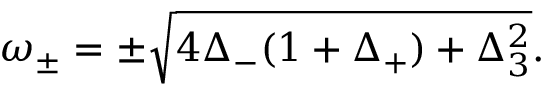
\omega _ { \pm } = \pm \sqrt { 4 \Delta _ { - } ( 1 + \Delta _ { + } ) + \Delta _ { 3 } ^ { 2 } } .